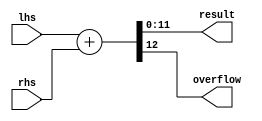
`timescale 1ns / 1ps
//////////////////////////////////////////////////////////////////////////////////
// Company: 
// 
// Design Name: 
// Module Name:    AddOperation 
// Project Name: 
// Target Devices: 
// Tool versions: 
// Description: 
//
// Dependencies: 
//
// Revision: 
// Revision 0.01 - File Created
// Additional Comments: 
// Calculates sum of 12 bit arrays (unsigned).
// if sum larger than 12 bits can contain then carry bit is 1 (13th bit).
// See simulation for more details.
//////////////////////////////////////////////////////////////////////////////////
module AddOperation(
    input [11:0] lhs,
    input [11:0] rhs,
    output [11:0] result,
    output overflow
    );

	assign {overflow, result} = lhs + rhs;
endmodule